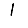
Digit: 1